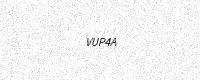
Text: VUP4A